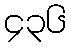
၄၃၆